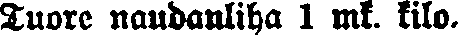
Tuore naudanliha 1 mk. kilo.